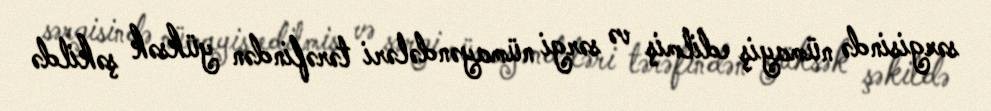
sərgisində nümayiş edilmiş və sərgi nümayəndələri tərəfindən yüksək şəkildə